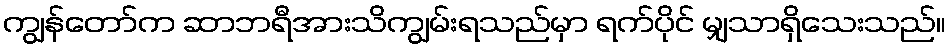
ကျွန်တော်က ဆာဘရီအားသိကျွမ်းရသည်မှာ ရက်ပိုင် မျှသာရှိသေးသည်။